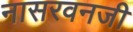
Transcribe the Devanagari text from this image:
नासरवनजी